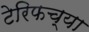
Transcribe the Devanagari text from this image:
टेरिफच्या